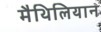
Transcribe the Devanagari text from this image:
मैथिलियान